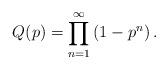
LaTeX: \begin{align*}Q(p) = \prod_{n=1}^{\infty} \left( 1-p^n \right).\end{align*}